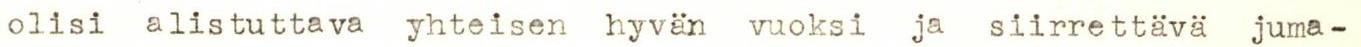
olisi alistuttava yhteisen hyvän vuoksi ja siirrettävä juma-